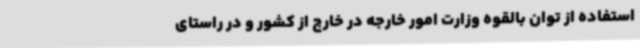
استفاده از توان بالقوه وزارت امور خارجه در خارج از کشور و در راستای